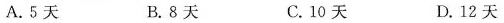
A.5天 B.8天 C.10天 D.12天